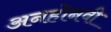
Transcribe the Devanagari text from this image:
अनहोनवी